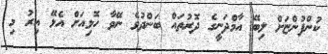
ކުންފުންޏަށް ލިބޭ އާމްދަނީގެ ދޮރުތައް ބަންދުވެ ނޭވާ ހޮޅިއަށް އެޅޭ އިރު މި